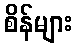
စိန်များ